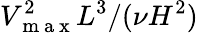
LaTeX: V_{\mathrm{~m~a~x~}}^{2}L^{3}/(\nu H^{2})